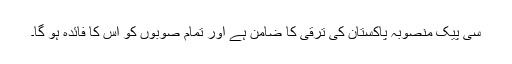
سی پیک منصوبہ پاکستان کی ترقی کا ضامن ہے اور تمام صوبوں کو اس کا فائدہ ہو گا۔